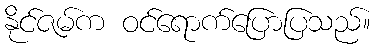
နိုင်ဇမ်က ဝင်ရောက်ပြောပြသည်။